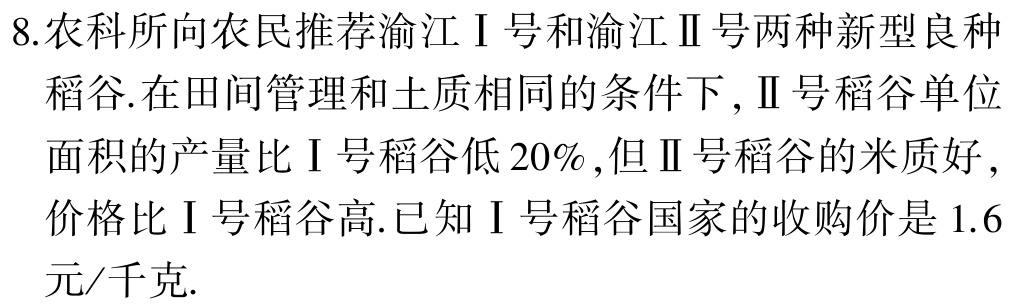
8.农科所向农民推荐渝江Ⅰ号和渝江Ⅱ号两种新型良种

稻谷.在田间管理和土质相同的条件下,Ⅱ号稻谷单位

面积的产量比Ⅰ号稻谷低$20\%$,但Ⅱ号稻谷的米质好,

价格比Ⅰ号稻谷高.已知Ⅰ号稻谷国家的收购价是$1.6$

元/千克.